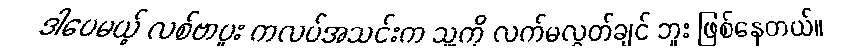
ဒါပေမယ့် လစ်ဗာပူး ကလပ်အသင်းက သူ့ကို လက်မလွှတ်ချင် ဘူး ဖြစ်နေတယ်။